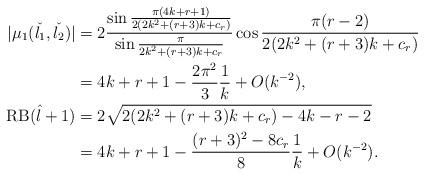
LaTeX: \begin{align*} |\mu_{1}(\check{l_1},\check{l_2})|&= 2\frac{\sin{\frac{\pi (4k+r+1)}{2(2k^2+(r+3)k+c_r)}}}{\sin{\frac{\pi}{2k^2+(r+3)k+c_r}}}\cos{\frac{\pi(r-2)}{2(2k^2+(r+3)k+c_r)}}\\&=4k+r+1-\frac{2\pi^2}{3}\frac{1}{k}+O(k^{-2}),\\ \mathrm{RB}(\hat{l}+1)&=2\sqrt{2(2k^2+(r+3)k+c_r)-4k-r-2}\\&=4k+r+1-\frac{(r+3)^2-8c_r}{8}\frac{1}{k}+O(k^{-2}).\end{align*}